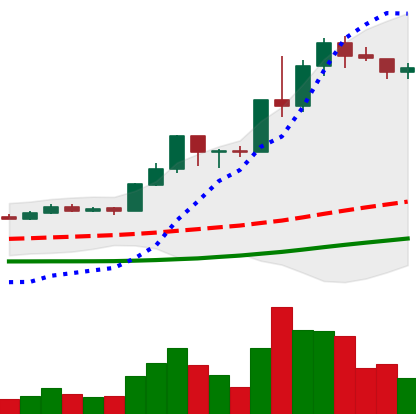
Ticker: LINK-USD
Chart end date: 2020-07-19
Forward return: -7.849%
Label: down_7plus